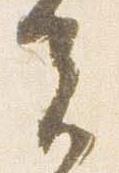
夫